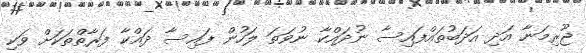
ޖޫރިމަނާ އަދި އަދަބުތައްފައިސާ ނުދައްކާ ނުވަތަ ލަހުން ފައިސާ ދައްކާ ފަރާތްތަކަށް ވަކި